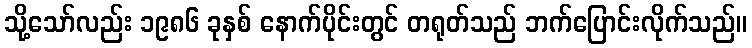
သို့သော်လည်း ၁၉၈၆ ခုနှစ် နောက်ပိုင်းတွင် တရုတ်သည် ဘက်ပြောင်းလိုက်သည်။